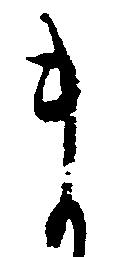
ま